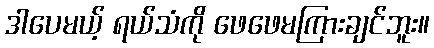
ဒါပေမယ့် ရယ်သံကို ဖေဖေမကြားချင်ဘူး။